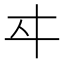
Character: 𬽤